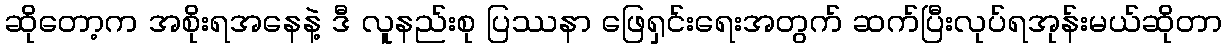
ဆိုတော့က အစိုးရအနေနဲ့ ဒီ လူနည်းစု ပြဿနာ ဖြေရှင်းရေးအတွက် ဆက်ပြီးလုပ်ရအုန်းမယ်ဆိုတာ